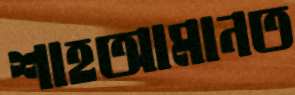
শাহআমানত